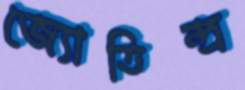
জ্যোতিন্দ্র